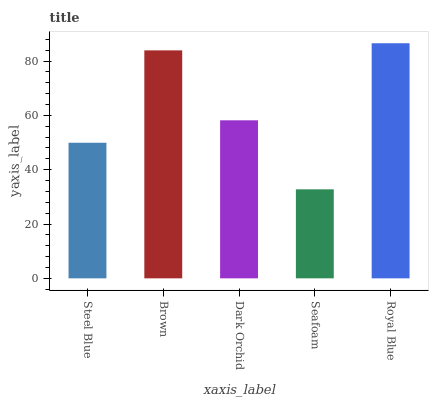
| xaxis_label | bars |
 | --- | --- |
 | Steel Blue | 49.9 |
 | Brown | 83.9 |
 | Dark Orchid | 58.2 |
 | Seafoam | 32.8 |
 | Royal Blue | 86.6 |